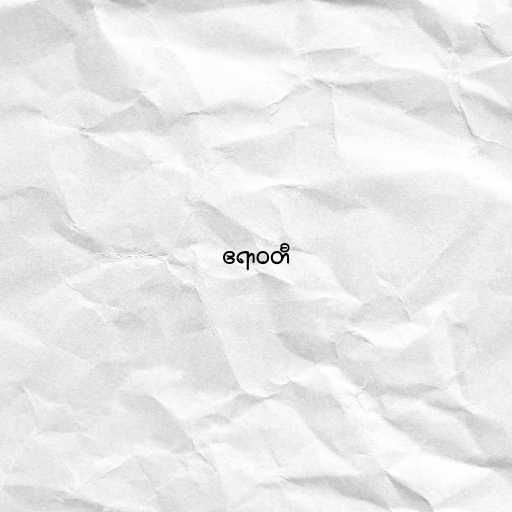
ဧရာဝတီ